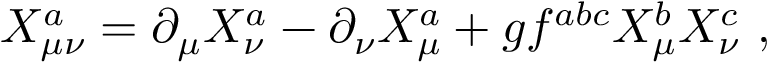
X _ { \mu \nu } ^ { a } = \partial _ { \mu } X _ { \nu } ^ { a } - \partial _ { \nu } X _ { \mu } ^ { a } + g f ^ { a b c } X _ { \mu } ^ { b } X _ { \nu } ^ { c } ~ ,